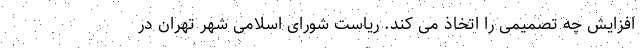
افزایش چه تصمیمی را اتخاذ می کند. ریاست شورای اسلامی شهر تهران در